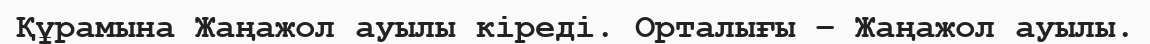
Құрамына Жаңажол ауылы кіреді. Орталығы – Жаңажол ауылы.